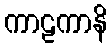
ကာဠကာနိ